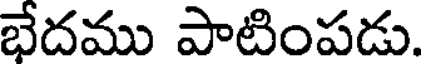
భేదము పాటింపడు.